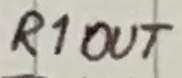
Text: R1OUT